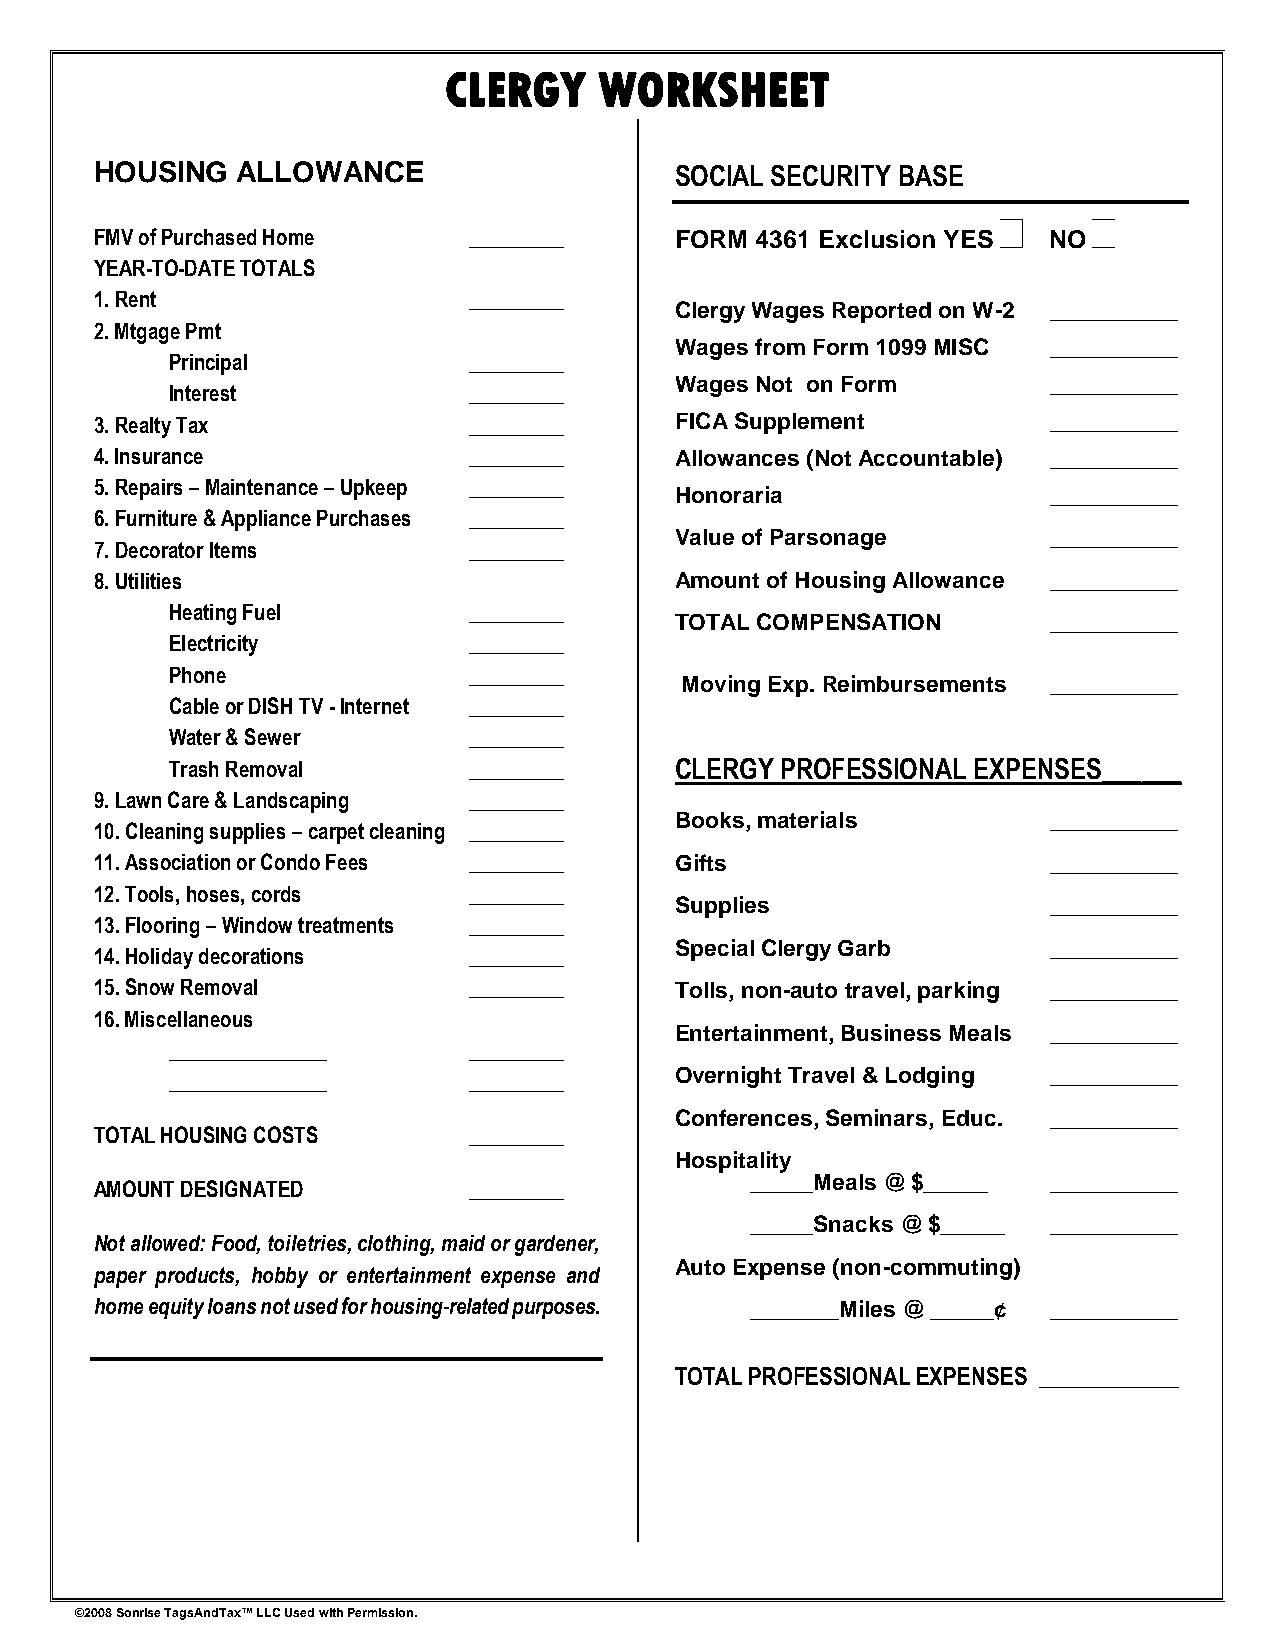
CLERGY     WORKSHEET
 HOUSING   ALLOWANCE                    SOCIAL SECURITY BASE
 FMV of Purchased Home    _________     FORM 4361 Exclusion YES NO
 YEAR-TO-DATE TOTALS
 1. Rent                  _________
 Clergy Wages Reported on W-2 __________
 2. Mtgage Pmt
 Wages from Form 1099 MISC __________
 Principal           _________
 Wages Not on Form        __________
 Interest            _________
 3. Realty Tax            _________     FICA Supplement          __________
 4. Insurance             _________     Allowances (Not Accountable) __________
 5. Repairs – Maintenance – Upkeep _________
 Honoraria                __________
 6. Furniture & Appliance Purchases _________
 Value of Parsonage       __________
 7. Decorator Items       _________
 8. Utilities                           Amount of Housing Allowance __________
 Heating Fuel        _________
 TOTAL COMPENSATION       __________
 Electricity         _________
 Phone               _________
 Moving Exp. Reimbursements __________
 Cable or DISH TV - Internet _________
 Water & Sewer       _________
 Trash Removal       _________     CLERGY PROFESSIONAL EXPENSES______
 9. Lawn Care & Landscaping _________
 Books, materials         __________
 10. Cleaning supplies – carpet cleaning _________
 11. Association or Condo Fees _________ Gifts                   __________
 12. Tools, hoses, cords  _________
 Supplies                 __________
 13. Flooring – Window treatments _________
 Special Clergy Garb      __________
 14. Holiday decorations  _________
 15. Snow Removal         _________     Tolls, non-auto travel, parking __________
 16. Miscellaneous
 Entertainment, Business Meals __________
 _______________     _________
 _______________     _________     Overnight Travel & Lodging __________
 Conferences, Seminars, Educ. __________
 TOTAL HOUSING COSTS      _________
 Hospitality
 _____Meals @ $_____ __________
 AMOUNT DESIGNATED        _________
 _____Snacks @ $_____ __________
 Not allowed: Food, toiletries, clothing, maid or gardener,
 Auto Expense (non-commuting)
 paper products, hobby or entertainment expense and
 home equity loans not used for housing-related purposes. _______Miles @ _____¢ __________
 TOTAL PROFESSIONAL EXPENSES __________
 ©2008 Sonrise TagsAndTax™ LLC Used with Permission.